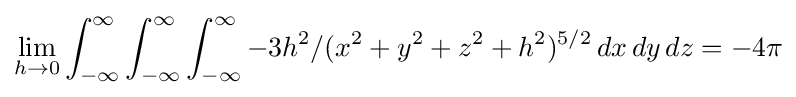
\lim _{h\to 0}\int _{-\infty }^{\infty }\int _{-\infty }^{\infty }\int _{-\infty }^{\infty }-3h^{2}/(x^{2}+y^{2}+z^{2}+h^{2})^{5/2}\,dx\,dy\,dz=-4\pi